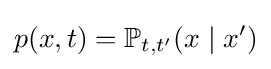
p(x,t)=\mathbb {P} _{t,t'}(x\mid x')